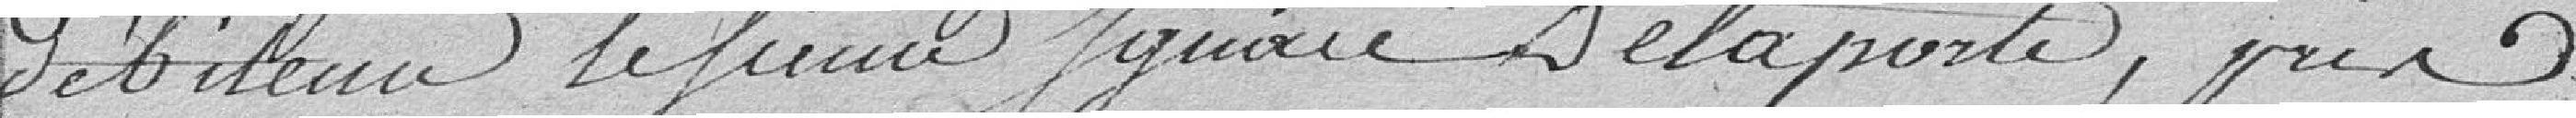
débiteur le sieur Ignace Delaporte, pris